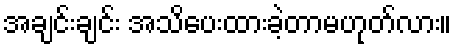
အချင်းချင်း အသိပေးထားခဲ့တာမဟုတ်လား။